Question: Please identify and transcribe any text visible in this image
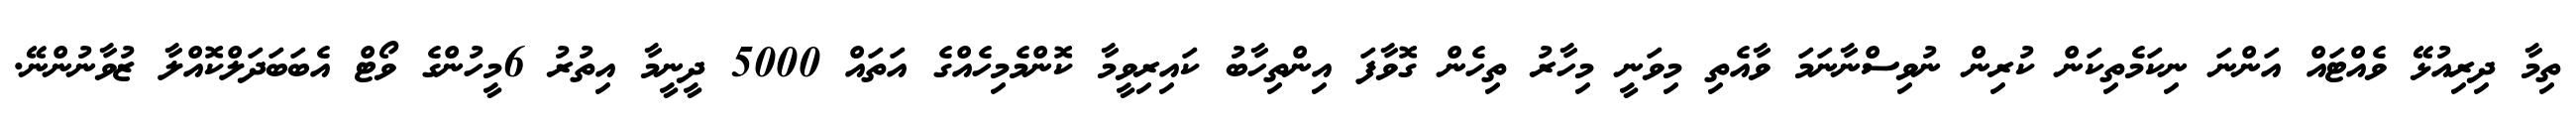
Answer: ތިމާ ދިރިއުޅޭ ވެއްޓައް އަންނަ ނިކަމެތިކަން ކުރިން ނުވިސްނާނަމަ ވާއެތި މިވަނީ މިހާރު ތިހެން ގޮވާފަ އިންތިހާބު ކައިރިވީމާ ކޮންމެމިހެއްގެ އަތައް 5000 ދީނީމާ އިތުރު 6މީހުންގެ ވޯޓް އެބަބަދަލްކޮއްލާ ޒުވާނުންނޭ.